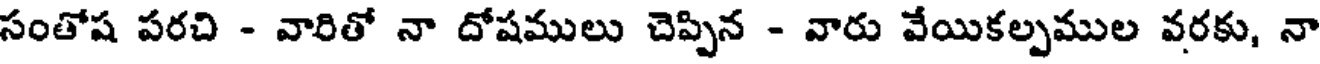
సంతోష పరచి - వారితో నా దోషములు చెప్పిన - వారు వేయికల్పముల వరకు, నా